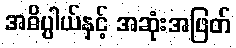
အဓိပ္ပါယ်နှင့် အဆုံးအဖြတ်